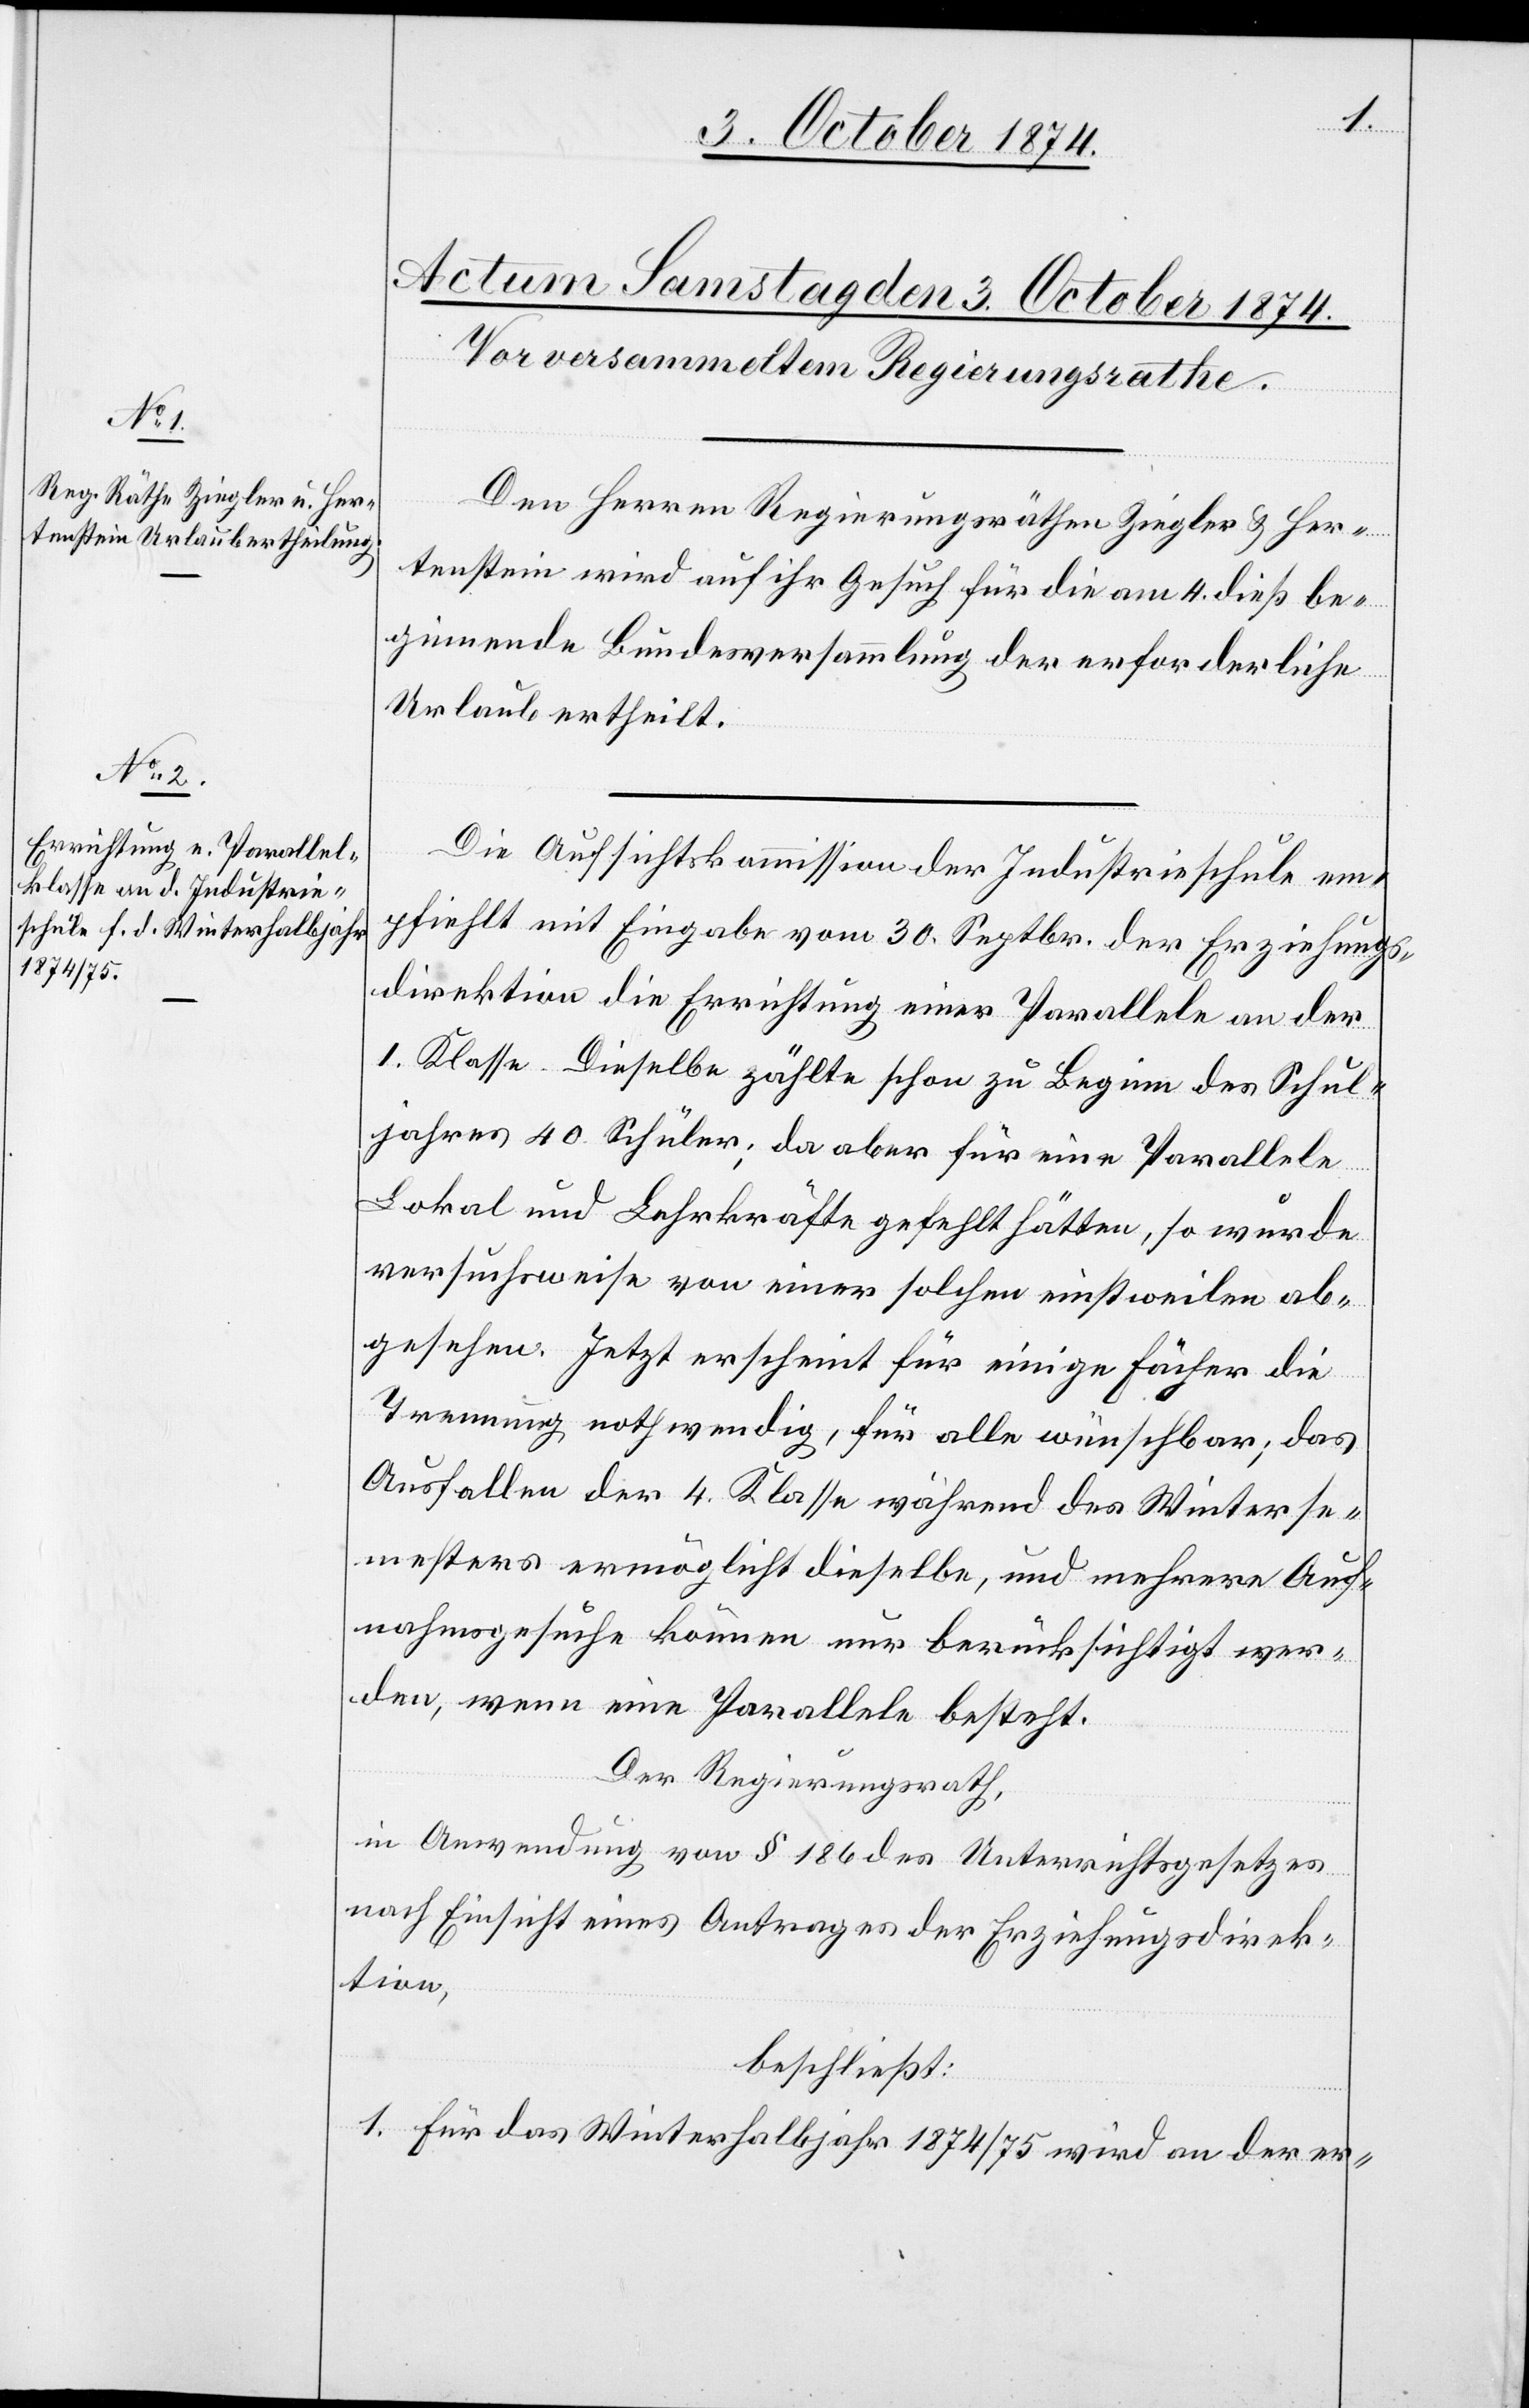
Den Herren Regierungsräthen Ziegler & Her¬
tenstein wird auf ihr Gesuch für die am 4. dieß be¬
ginnende Bundesversammlung der erforderliche
Urlaub ertheilt.
Die Aufsichtskommission der Industrieschule em¬
pfiehlt mit Eingabe vom 30. Septbr. der Erziehungs¬
direktion die Errichtung einer Parallele an der
1. Klasse. Dieselbe zählte schon zu Beginn des Schul¬
jahres 40 Schüler; da aber für eine Parallele
Lokal und Lehrkräfte gefehlt hätten, so wurde
versuchsweise von einer solchen einstweilen ab¬
gesehen. Jetzt erscheint für einige Fächer die
Trennung nothwendig, für alle wünschbar; das
Ausfallen der 4. Klasse während des Winterse¬
mesters ermöglicht dieselbe, und mehrere Auf¬
nahmsgesuche können nur berücksichtigt wer¬
den, wenn eine Parallele besteht.
Der Regierungsrath,
in Anwendung von § 186 des Unterrichtsgesetzes
nach Einsicht eines Antrages der Erziehungsdirek¬
tion,
beschließt:
1. Für das Winterhalbjahr 1874/1875 wird an der er-